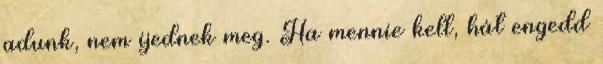
adunk, nem ijednek meg. Ha mennie kell, hát engedd